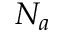
N _ { a }